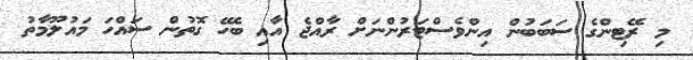
މި ރޭޓިންގެ ސަބަބުން އިންވެސްޓަރުންނަށް ރާއްޖެ އާއި ބެހޭ ގޮތުން ސައްހަ މައުލޫމާތު